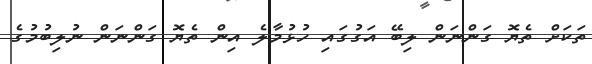
ތަކަށް ތެޔޮ ގަންނަން ލިބޭ އަގުގައި ހުޅުމާލެ އިން ތެޔޮ ގަންނަން ނުލިބުމުގެ